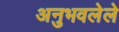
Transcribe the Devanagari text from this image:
अनुभवलेले